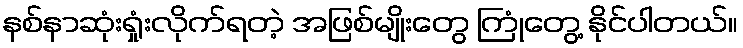
နစ်နာဆုံးရှုံးလိုက်ရတဲ့ အဖြစ်မျိုးတွေ ကြုံတွေ့ နိုင်ပါတယ်။